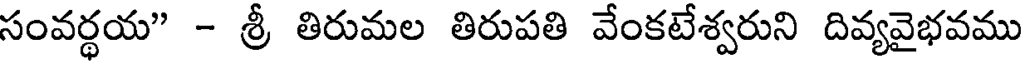
సంవర్థయ" - శ్రీ తిరుమల తిరుపతి వేంకటేశ్వరుని దివ్యవైభవము